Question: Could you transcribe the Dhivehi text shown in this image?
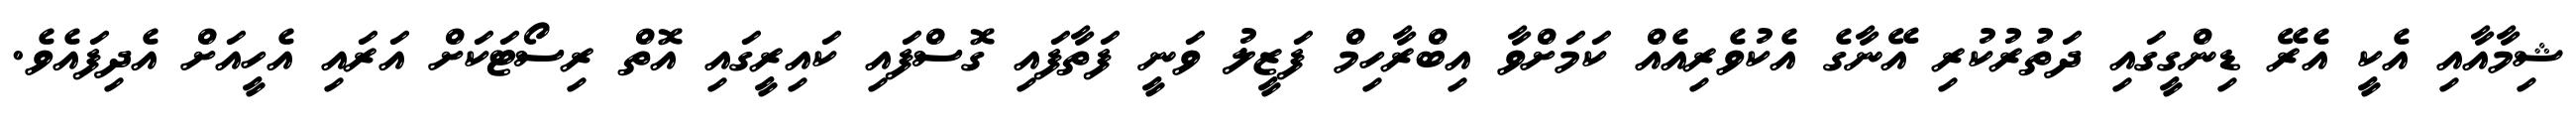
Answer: ޝިމާއާއި އެކީ އެރޭ ޑިންގީގައި ދަތުރުކުރި އޭނާގެ އެކުވެރިއެއް ކަމަށްވާ އިބްރާހިމް ފަޒީލު ވަނީ ފަތާފައި ގޮސްފައި ކައިރީގައި އޮތް ރިސޯޓަކަށް އަރައި އެހީއަށް އެދިފައެވެ.